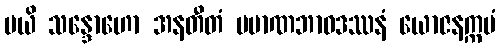
မယိ သန္ဒောဟော အနတီတံ ပမာဏဘာဝဒဿနံ ယောဇနက္ကမံ